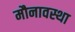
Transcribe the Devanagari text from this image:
मौनावस्था